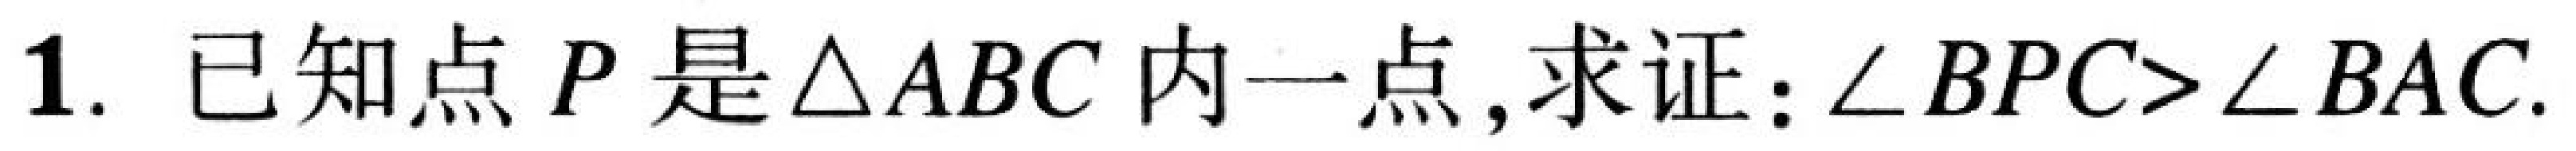
1. 已知点\(P\)是\(\triangle ABC\)内一点, 求证：\(\angle BPC>\angle BAC\).